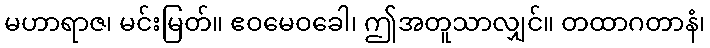
မဟာရာဇ၊ မင်းမြတ်။ ဧဝမေဝခေါ၊ ဤအတူသာလျှင်။ တထာဂတာနံ၊